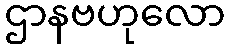
ဌာနဗဟုလော